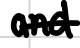
Text: and
Cross-out: single-line
Writing tool: digital_black